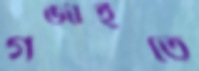
গর্জাইতে